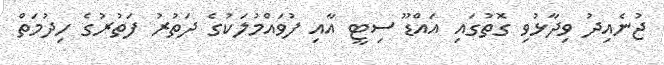
ޖުނެއިދު ވިދާޅުވި ގޮތުގައި އައްޑޫ ސިޓީ އާއި ފުވައްމުލަކުގެ ދަތުރު ފަތުރުގެ ހިދުމަތް